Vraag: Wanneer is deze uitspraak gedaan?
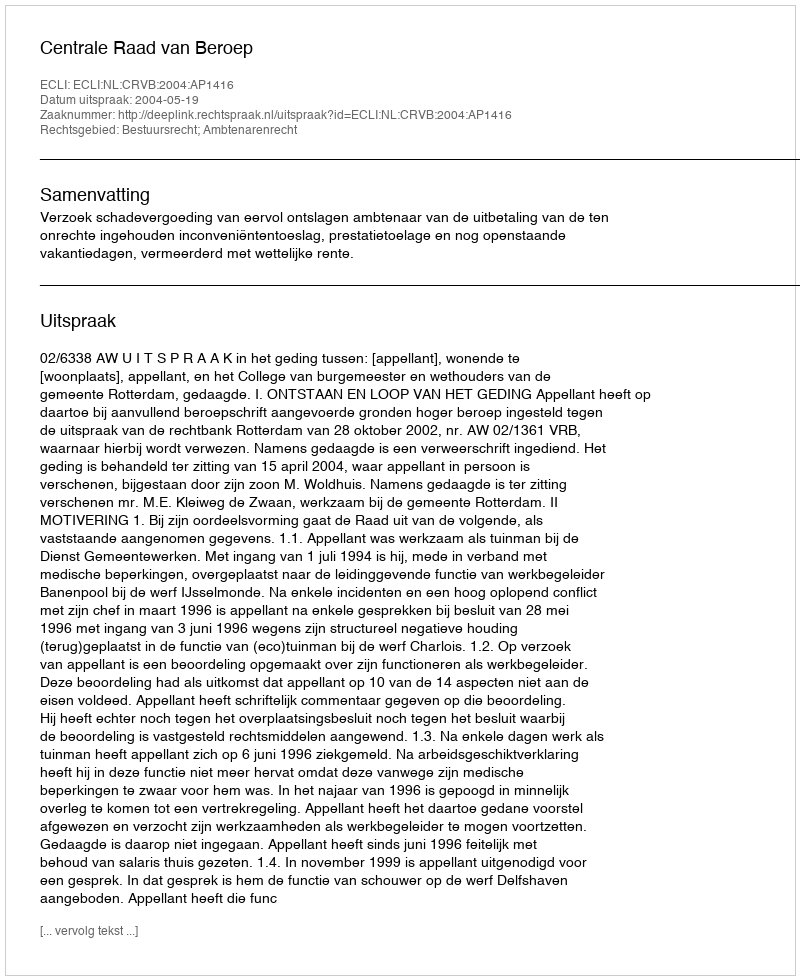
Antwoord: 2004-05-19